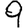
Digit: 9